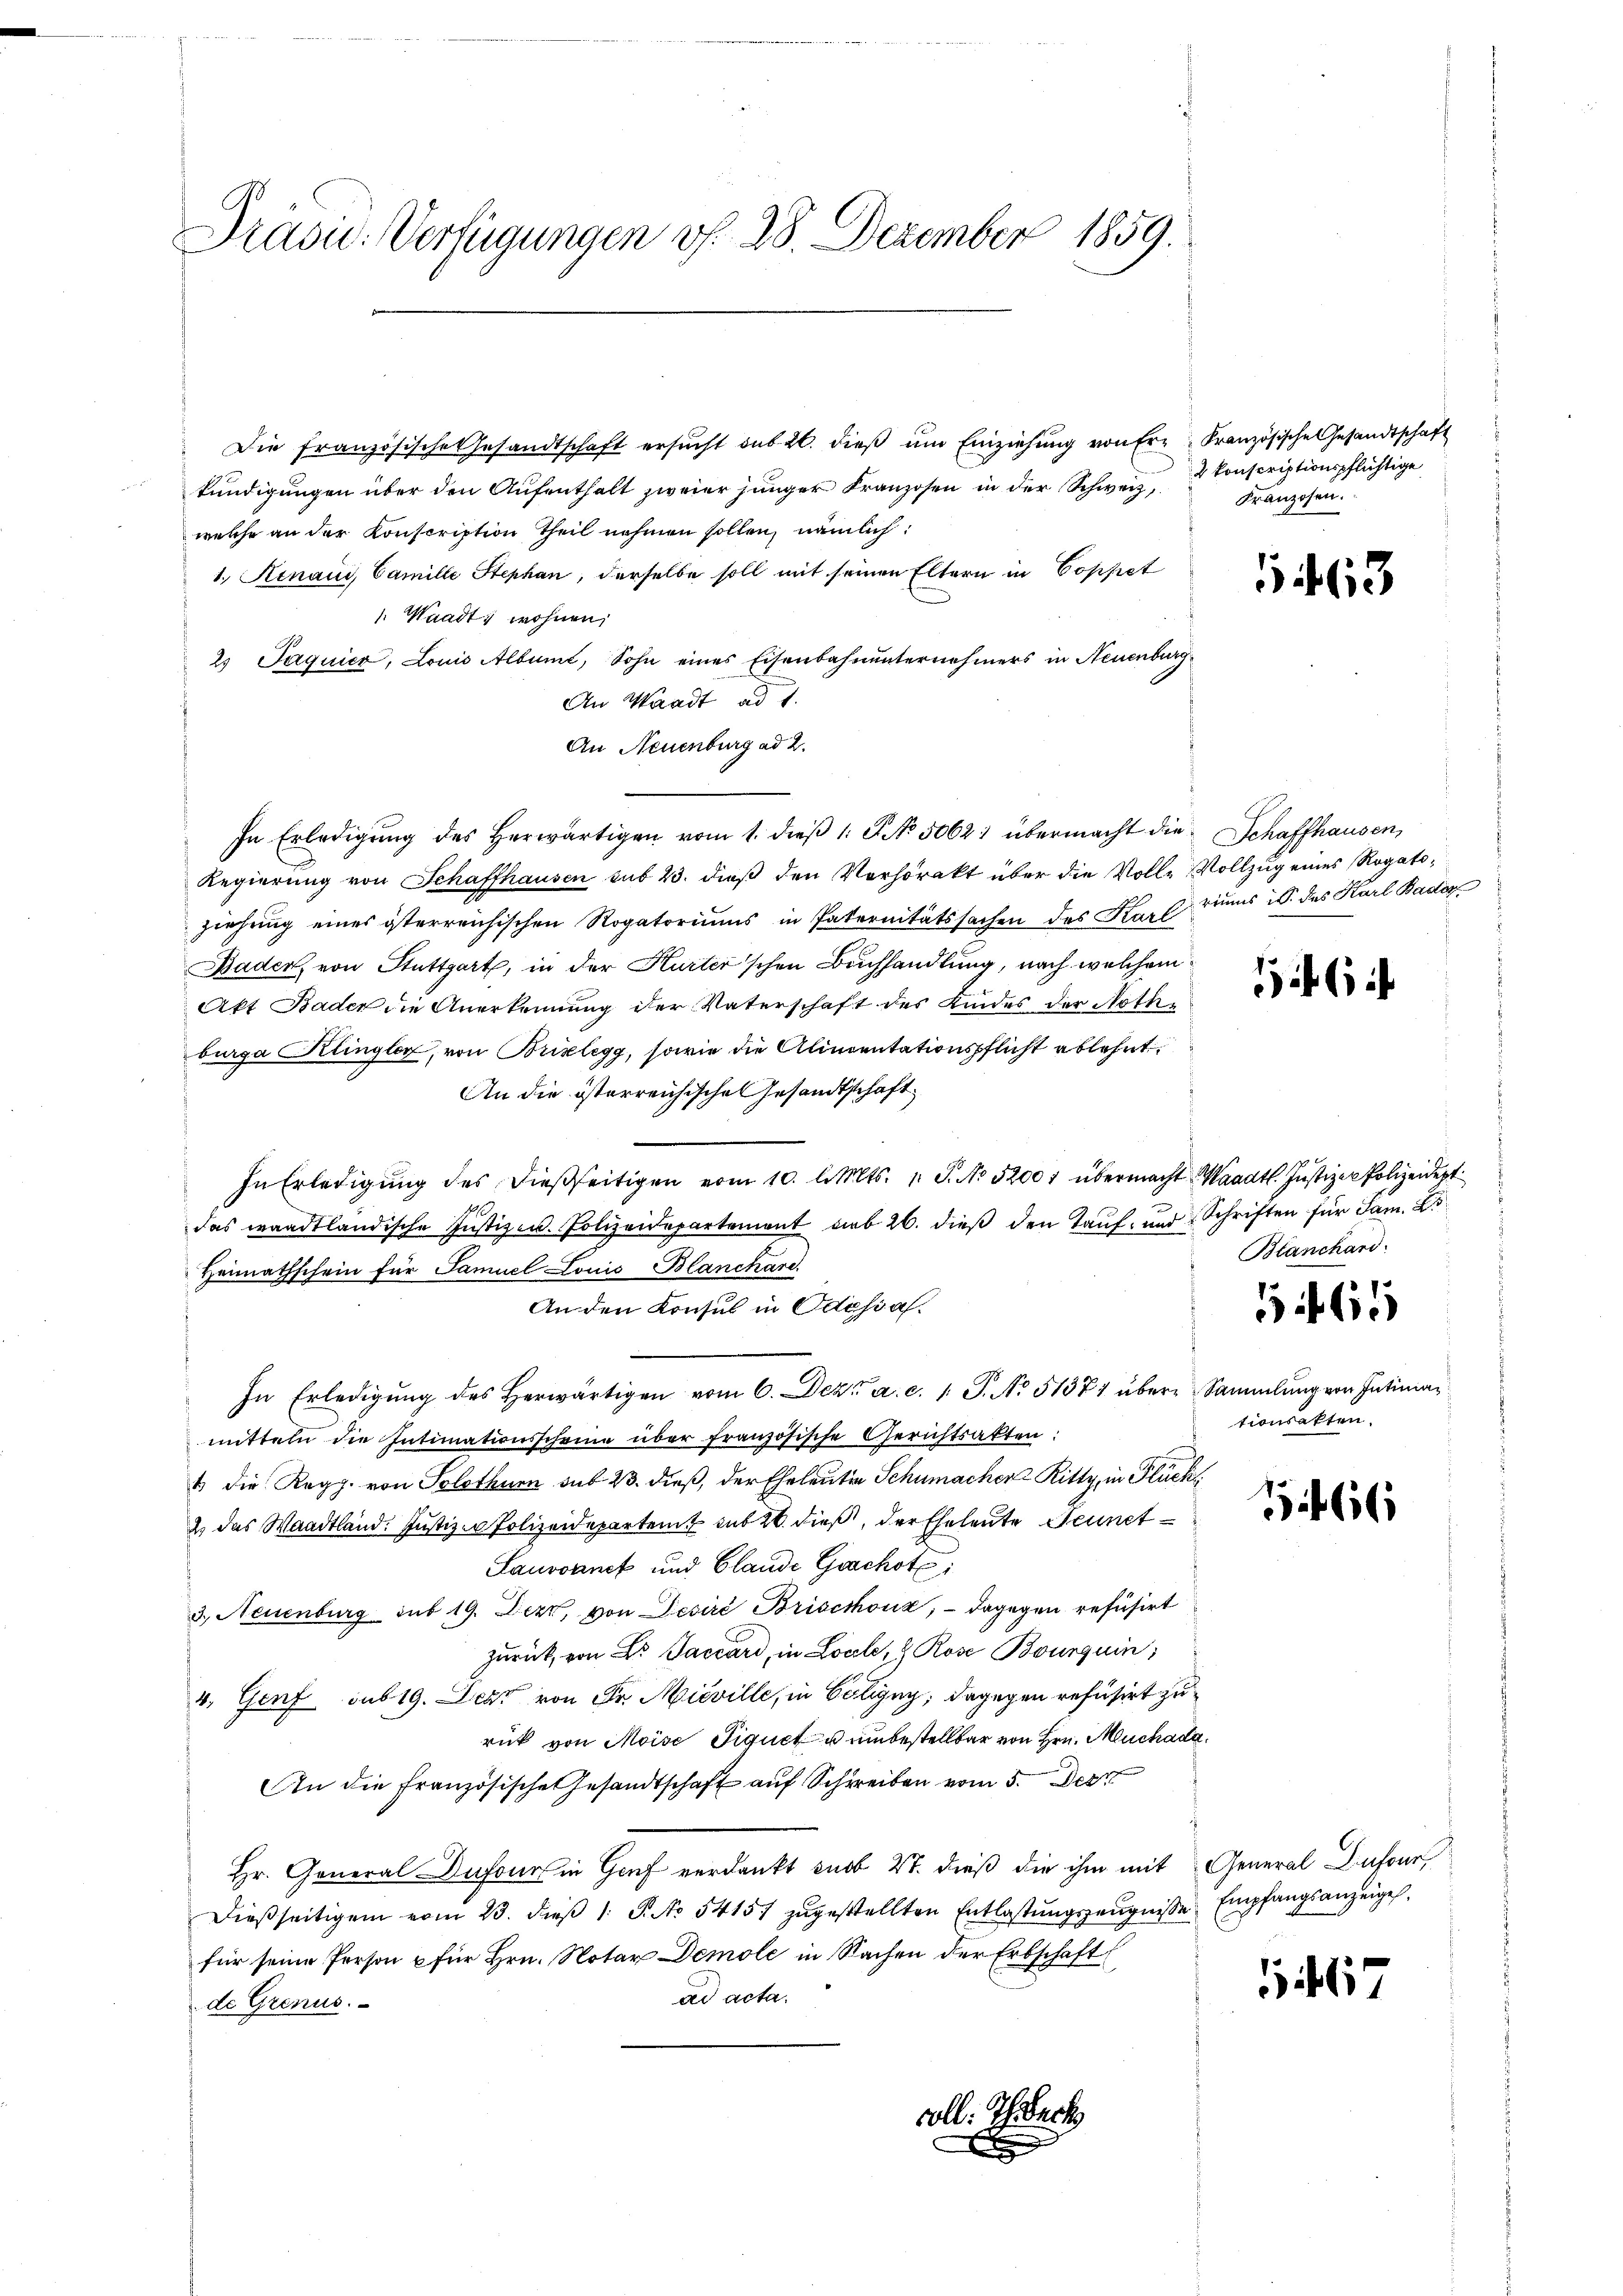
Präsid.. Verfügungen v. 28. Dezember 1859.

Die französische Gesandtschaft ersŭcht sub 20. dieβ ŭm Einziehŭng von Erz: Französische Gesandtschaft
kundigungen über den Aufenthalt zweier junger Kranzosen in der Schweiz,
welche an der Konscription Theil nehmen sollen, nämlich:
1. Rinaus, Camille Stephan, derselbe soll mit seinen Eltern in Coppet
: Waadt, wohnen,
2 Jaquicz, Louis Albumt, Sohn eines Eisenbahnunternehmers in Neuenburg
An Waadt ad 1.
An Neuenburg ad 2.
In Erledigung des herwärtigen vom 1. dieβ 1: P. No. 5062 übermacht die¬
Regierung von Schaffhausen sub 23. dieß den Verhörakt über die Volle Vollzug eines Rogatoziehung eines österreichischen Rogatoriums in Paternitätssachen des Karl riums u. das Karl Baden
Bader, von Stuttgart, in der Hurter'schen Buchhandlung, nach welchem
Akt Bader die Anerkennung der Vaterschaft des Kindes der Nothburga Klingler, von Brixlegg, sowie die Alinentationspflicht ablehnt
An die österreichischen Gesandtschaft
In Erledigung des dießseitigen vom 10. l. Mts. 1. P. No 52001 übermacht Waadt. Justizen Polizeidept
das waadtländische Justizen. Polizeidepartement geb. 26. dieß den Tauf- und Schriften für Jam. Es
Heimathschein für Samuel Louis Blanckare.
An den Konsul in Odasial.
In Erledigŭng des herwärtigen vom 6. Dez. a. c. 1 S. No 51371 über Sammlung von Intiman
mitteln die Intimationsscheine über französische Gerichtsakten:
1 die Regg. von Solothurn sub 23. dieß, der Eheleuten Schumacher Ritty, in Flück
2) das Waadtland: Justiz - Polizeidepartent sub 20. dieß, der Eheleute Seunet
Lauvoanct und Glande Gachot
3., Neuenburg sub 19. Dezz, von Desiré Brischonz; - dagegen refusirt
zurück, von L. Sacrard, in Loale, & Rose Bourquin
4. Genf sub 19. Der von Fr. Mieville, in Coligny, dagegen refusirt zurück von Moise Tiquet u unbestellbar von Hrn. Michade
An die französische Gesandtschaft auf Schreiben vom 5. Dez
Hr. General Dufour in Genf verdankt sub 27. dieß die ihm mit General Dufour
Dießseitigem vom 23. dieß 1 S. No 54151 zugestellten Entlastungszeugnisse Empfangsanzeige
für seine Person u für Hrn. Notar Demole in Sachen der Erbschaft
ad acta.
de Grenus.
coll: Thrbeck

2 konscriptionspflichtige
Franzosen.

163

Schaffhausen,

1161

Blanchard.

1465

tionsakten.

166

11